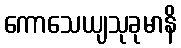
ကောသေယျသုခုမာနိ